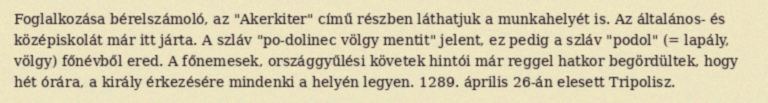
Foglalkozása bérelszámoló, az "Akerkiter" című részben láthatjuk a munkahelyét is. Az általános- és középiskolát már itt járta. A szláv "po-dolinec völgy mentit" jelent, ez pedig a szláv "podol" (= lapály, völgy) főnévből ered. A főnemesek, országgyűlési követek hintói már reggel hatkor begördültek, hogy hét órára, a király érkezésére mindenki a helyén legyen. 1289. április 26-án elesett Tripolisz.